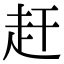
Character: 赶